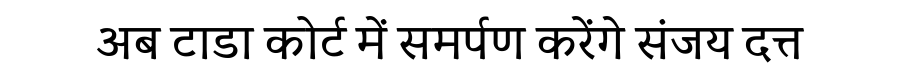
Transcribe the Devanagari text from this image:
अब टाडा कोर्ट में समर्पण करेंगे संजय दत्त